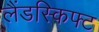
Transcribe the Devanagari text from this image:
लैंडस्किफ्ट